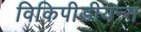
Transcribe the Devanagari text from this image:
विकिपीडीयन्स